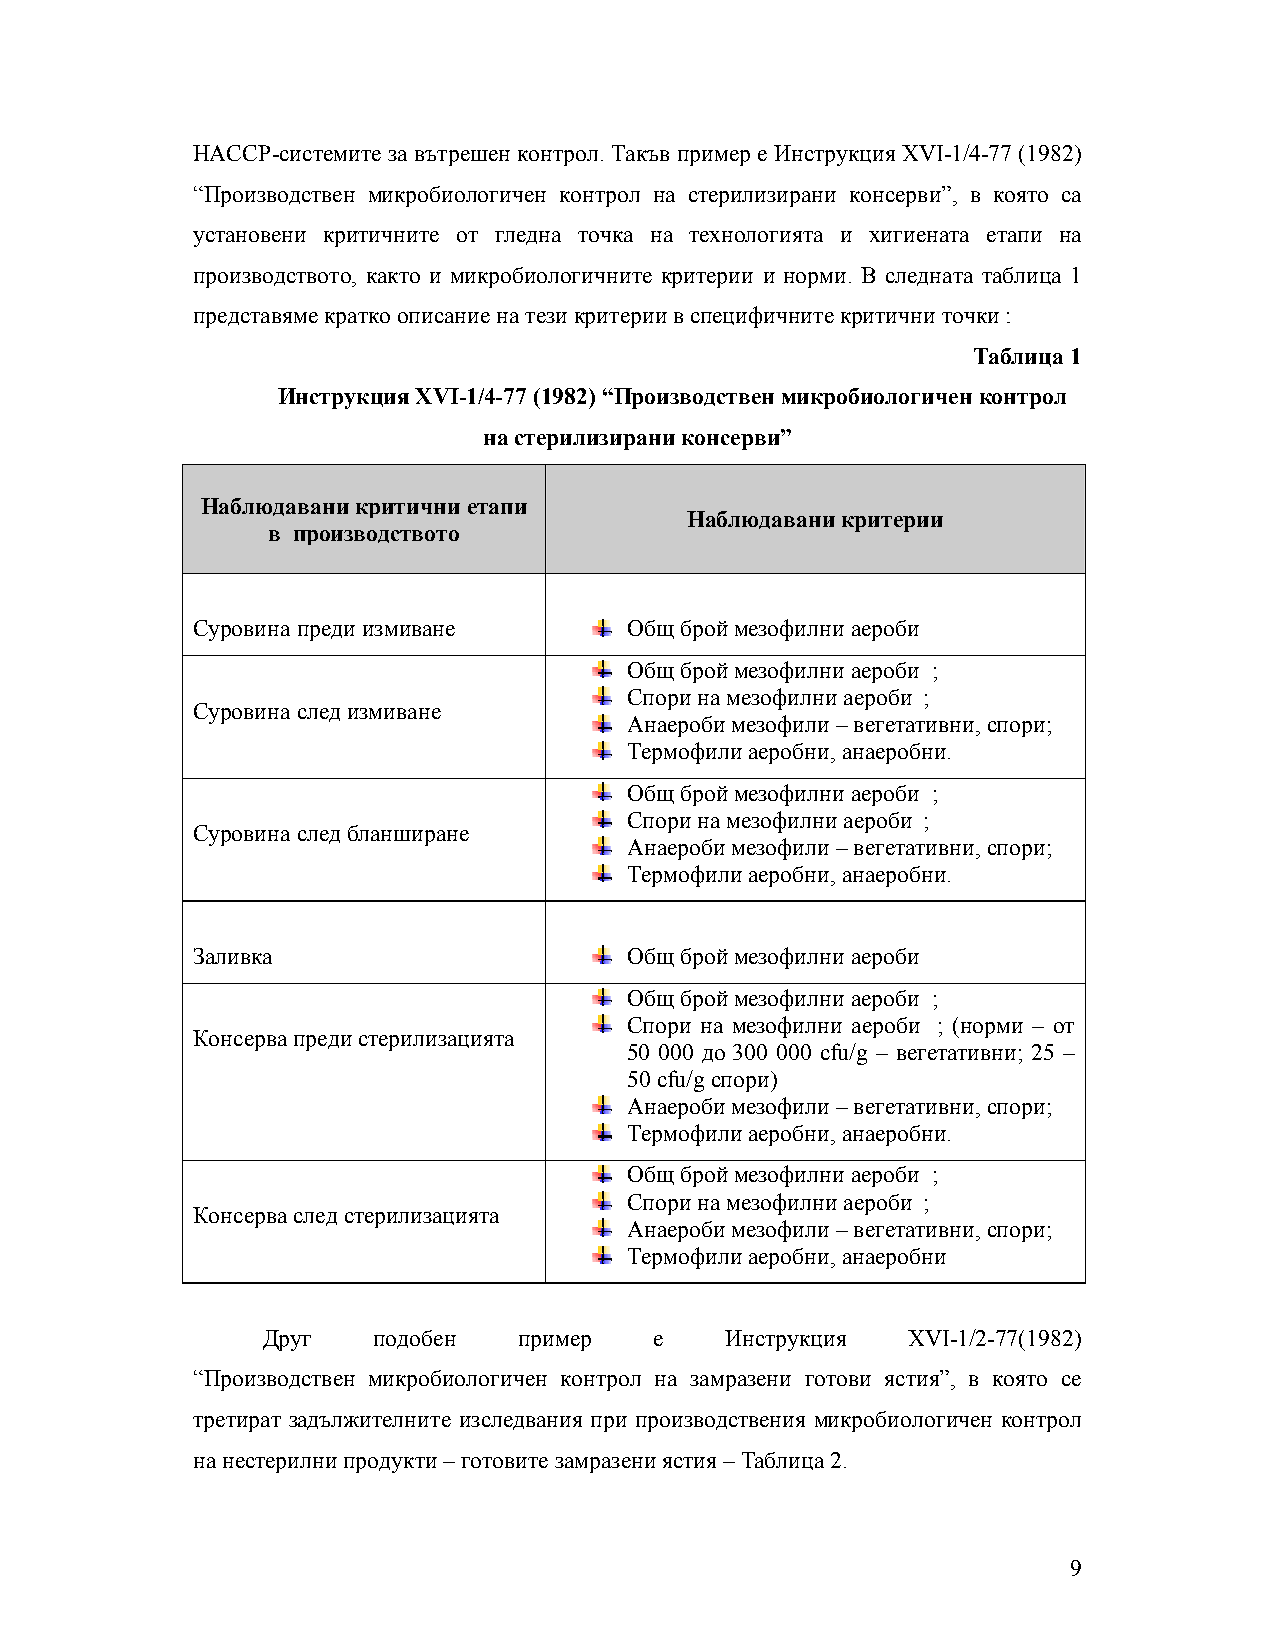
НАССР-системите за вътрешен контрол. Такъв пример е Инструкция ХVІ-1/4-77 (1982)
 “Производствен микробиологичен контрол на стерилизирани консерви”, в която са
 установени критичните от гледна точка на технологията и хигиената етапи на
 производството, както и микробиологичните критерии и норми. В следната таблица 1
 представяме кратко описание на тези критерии в специфичните критични точки :
 Таблица 1
 Инструкция ХVІ-1/4-77 (1982) “Производствен микробиологичен контрол
 на стерилизирани консерви”
 Наблюдавани критични етапи
 Наблюдавани критерии
 в производството
 Суровина преди измиване      Общ брой мезофилни аероби
 Общ брой мезофилни аероби ;
 Спори на мезофилни аероби ;
 Суровина след измиване
 Анаероби мезофили – вегетативни, спори;
 Термофили аеробни, анаеробни.
 Общ брой мезофилни аероби ;
 Спори на мезофилни аероби ;
 Суровина след бланширане
 Анаероби мезофили – вегетативни, спори;
 Термофили аеробни, анаеробни.
 Заливка                      Общ брой мезофилни аероби
 Общ брой мезофилни аероби ;
 Спори на мезофилни аероби ; (норми – от
 Консерва преди стерилизацията
 50 000 до 300 000 сfu/g – вегетативни; 25 –
 50 сfu/g спори)
 Анаероби мезофили – вегетативни, спори;
 Термофили аеробни, анаеробни.
 Общ брой мезофилни аероби ;
 Спори на мезофилни аероби ;
 Консерва след стерилизацията
 Анаероби мезофили – вегетативни, спори;
 Термофили аеробни, анаеробни
 Друг    подобен  пример   е    Инструкция  ХVІ-1/2-77(1982)
 “Производствен микробиологичен контрол на замразени готови ястия”, в която се
 третират задължителните изследвания при производствения микробиологичен контрол
 на нестерилни продукти – готовите замразени ястия – Таблица 2.
 9